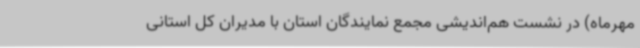
مهرماه) در نشست هم‌اندیشی مجمع نمایندگان استان با مدیران کل استانی